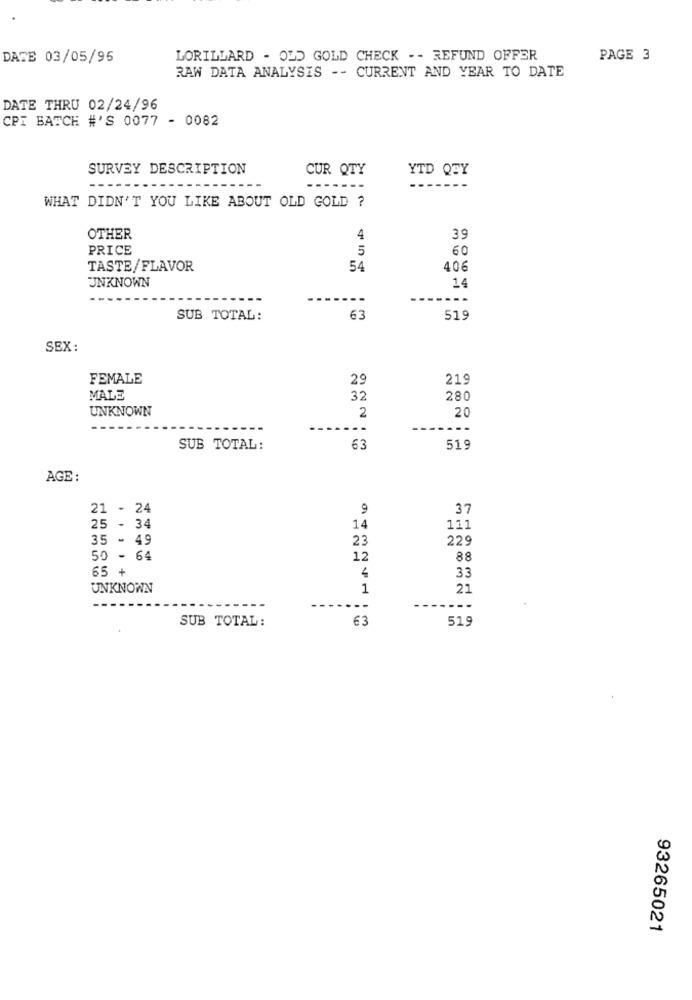
DATE 03/05/95
LORILLARD - OLD GOLD CHECK - - REFUND OFFER
PAGE 3
RAW DATA ANALYSIS -- CURRENT AND YEAR TO DATE
DATE THRU 02/24/96
CPI BATCH #'S 0077 - 0082
SURVEY DESCRIPTION
CUR QTY
YTD QEY
--
-----
WHAT DIDN'T YOU LIKE ABOUT OLD GOLD ?
OTHER
4
39
PRICE
5
60
TASTE/FLAVOR
54
406
UNKNOWN
14
SUB TOTAL:
63
519
SEX:
FEMALE
29
219
MALE
32
280
UNKNOWN
20
2
SUB TOTAL:
63
519
AGE :
21 - 24
9
37
25 - 34
14
111
35 - 49
23
229
50 - 64
12
88
65 +
4
33
UNKNOWN
1
21
---
SUB TOTAL:
519
€ 3
93265021